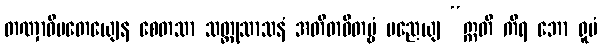
တဏှာဓိပတေယျေန စေတသာ သတ္ထုသာသနံ အတိဓာဝိတဗ္ဗံ မညေယျ “ဣတိ ကိရ ဘော ရူပံ